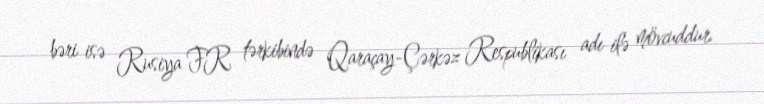
bəri isə Rusiya FR tərkibində Qaraçay-Çərkəz Respublikası adı ilə mövcuddur.